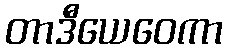
တာဒီယေဝေကာ